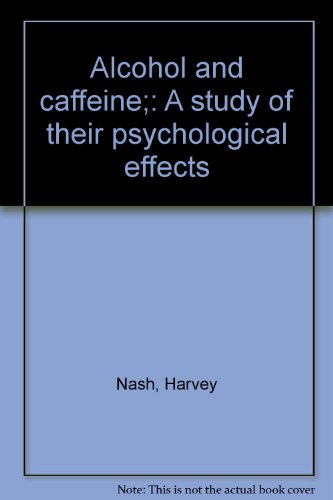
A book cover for Alcohol and caffeine;: A study of their psychological effects; Harvey Nash; Health, Fitness & Dieting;